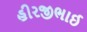
હીરજીભાઈ